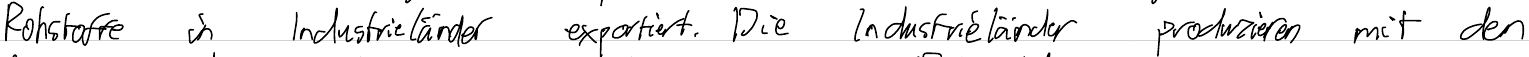
Rohstoffe in Industrieländer exportiert. Die Industrieländer produzieren mit den